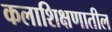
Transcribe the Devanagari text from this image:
कलाशिक्षणातील